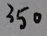
3 5 0